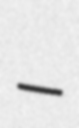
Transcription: –